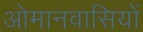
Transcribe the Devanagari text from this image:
ओमानवासियों